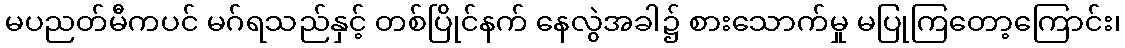
မပညတ်မီကပင် မဂ်ရသည်နှင့် တစ်ပြိုင်နက် နေလွဲအခါ၌ စားသောက်မှု မပြုကြတော့ကြောင်း၊